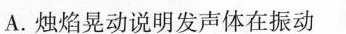
A.烛焰晃动说明发声体在振动